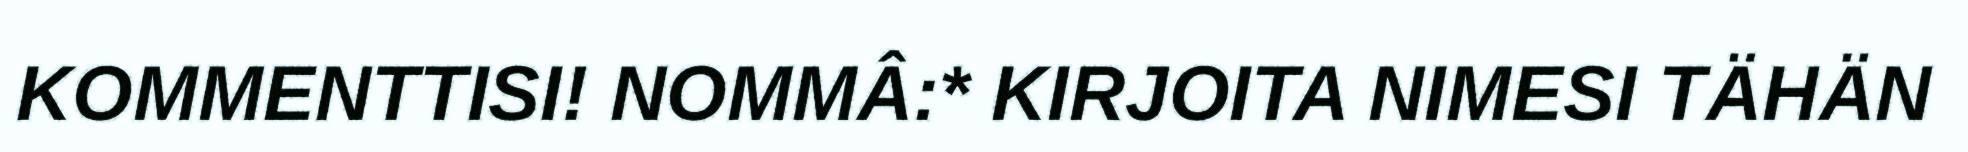
KOMMENTTISI! NOMMÂ:* KIRJOITA NIMESI TÄHÄN